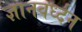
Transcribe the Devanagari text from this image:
ज्ञानवर्ध्दन